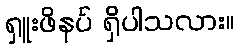
ရှူးဖိနပ် ရှိပါသလား။